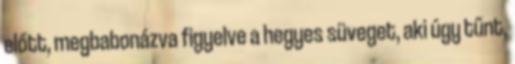
előtt, megbabonázva figyelve a hegyes süveget, aki úgy tűnt,